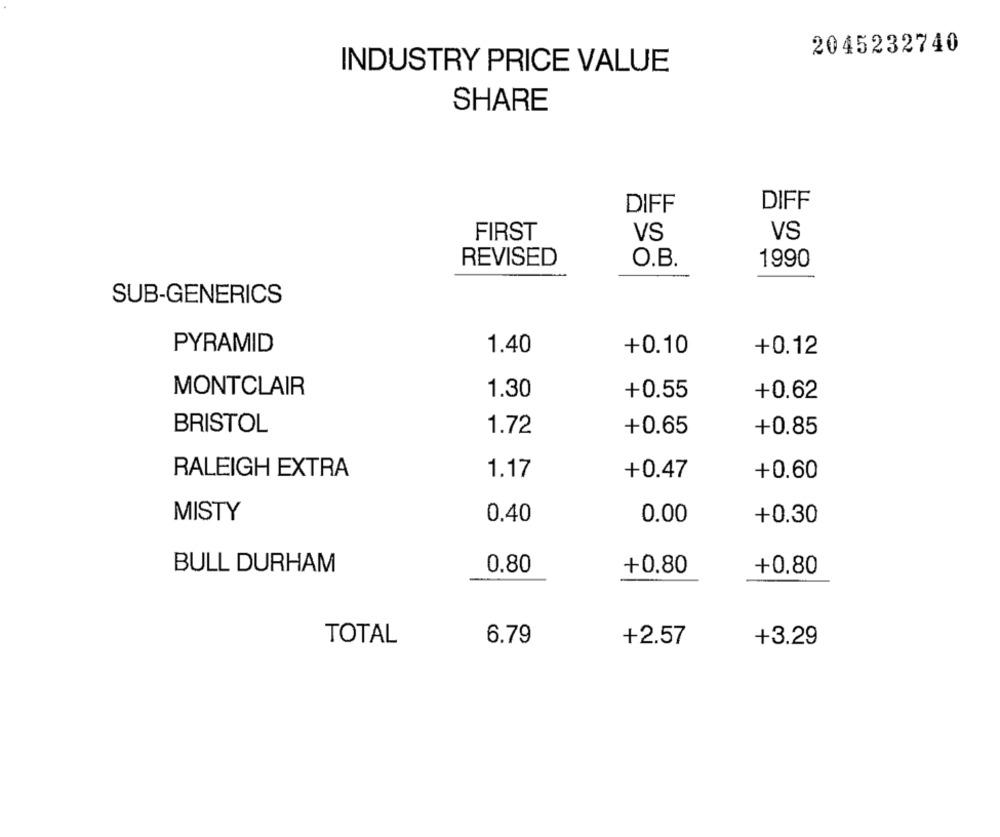
2045232740
INDUSTRY PRICE VALUE
SHARE
DIFF
DIFF
FIRST
VS
VS
REVISED
O.B.
1990
SUB-GENERICS
PYRAMID
1.40
+0.10
+0.12
MONTCLAIR
1.30
+0.55
+0.62
BRISTOL
1.72
+0.65
+0.85
RALEIGH EXTRA
1.17
+0.47
+0.60
MISTY
0.40
0.00
+0.30
BULL DURHAM
0.80
+0.80
+0.80
TOTAL
6.79
+2.57
+3.29